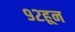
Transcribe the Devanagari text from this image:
९२हून